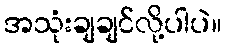
အသုံးချချင်လို့ပါပဲ။